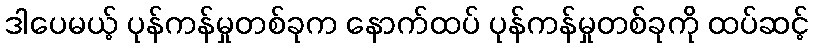
ဒါပေမယ့် ပုန်ကန်မှုတစ်ခုက နောက်ထပ် ပုန်ကန်မှုတစ်ခုကို ထပ်ဆင့်